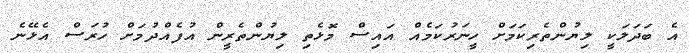
އެ ބަދަލަކީ ލިޔުންތެރިކަމަށް ހީނަރުކަމެއް އައިސް މޮޅެތި ލިޔުންތެރީން އުފެއްދުމަށް ހުރަސް އެޅޭނެ